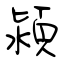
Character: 潁